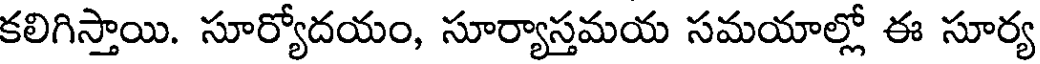
కలిగిస్తాయి. సూర్యోదయం, సూర్యాస్తమయ సమయాల్లో ఈ సూర్య